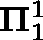
\mathbf { \Pi } _ { 1 } ^ { 1 }